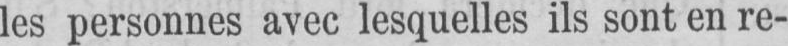
les personnes avec lesquelles ils sont en re-